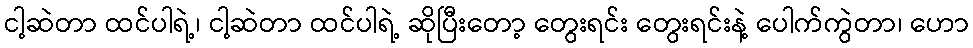
ငါ့ဆဲတာ ထင်ပါရဲ့၊ ငါ့ဆဲတာ ထင်ပါရဲ့ ဆိုပြီးတော့ တွေးရင်း တွေးရင်းနဲ့ ပေါက်ကွဲတာ၊ ဟော